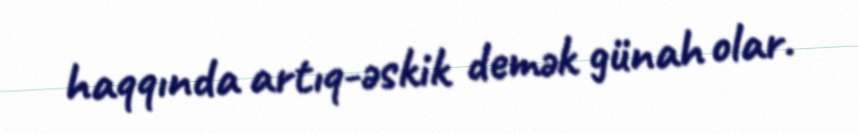
haqqında artıq-əskik demək günah olar.